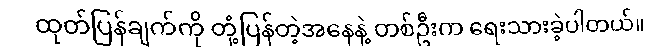
ထုတ်ပြန်ချက်ကို တုံ့ပြန်တဲ့အနေနဲ့ တစ်ဦးက ရေးသားခဲ့ပါတယ်။